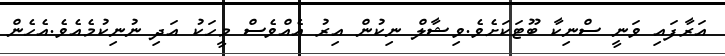
އަރާފައި ވަނީ ސްނިކާ ބޫޓަކަށެވެ.ވިޝާލް ނިކުން އިރު އެއްވެސް މީހަކު އަދި ނުނިކުމެއެވެ.އެހެން